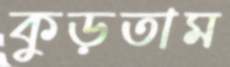
কুড়তাম